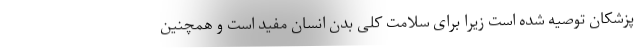
پزشکان توصیه شده است زیرا برای سلامت کلی بدن انسان مفید است و همچنین